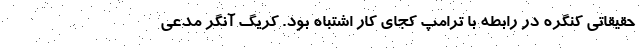
حقیقاتی کنگره در رابطه با ترامپ کجای کار اشتباه بود. کریگ آنگر مدعی